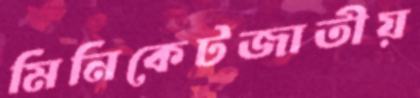
মিনিকেটজাতীয়